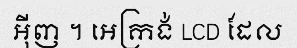
អ៊ីញ ។ អេក្រង់ LCD ដែល